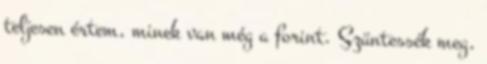
teljesen értem, minek van még a forint. Szüntessék meg,